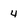
Character: 4